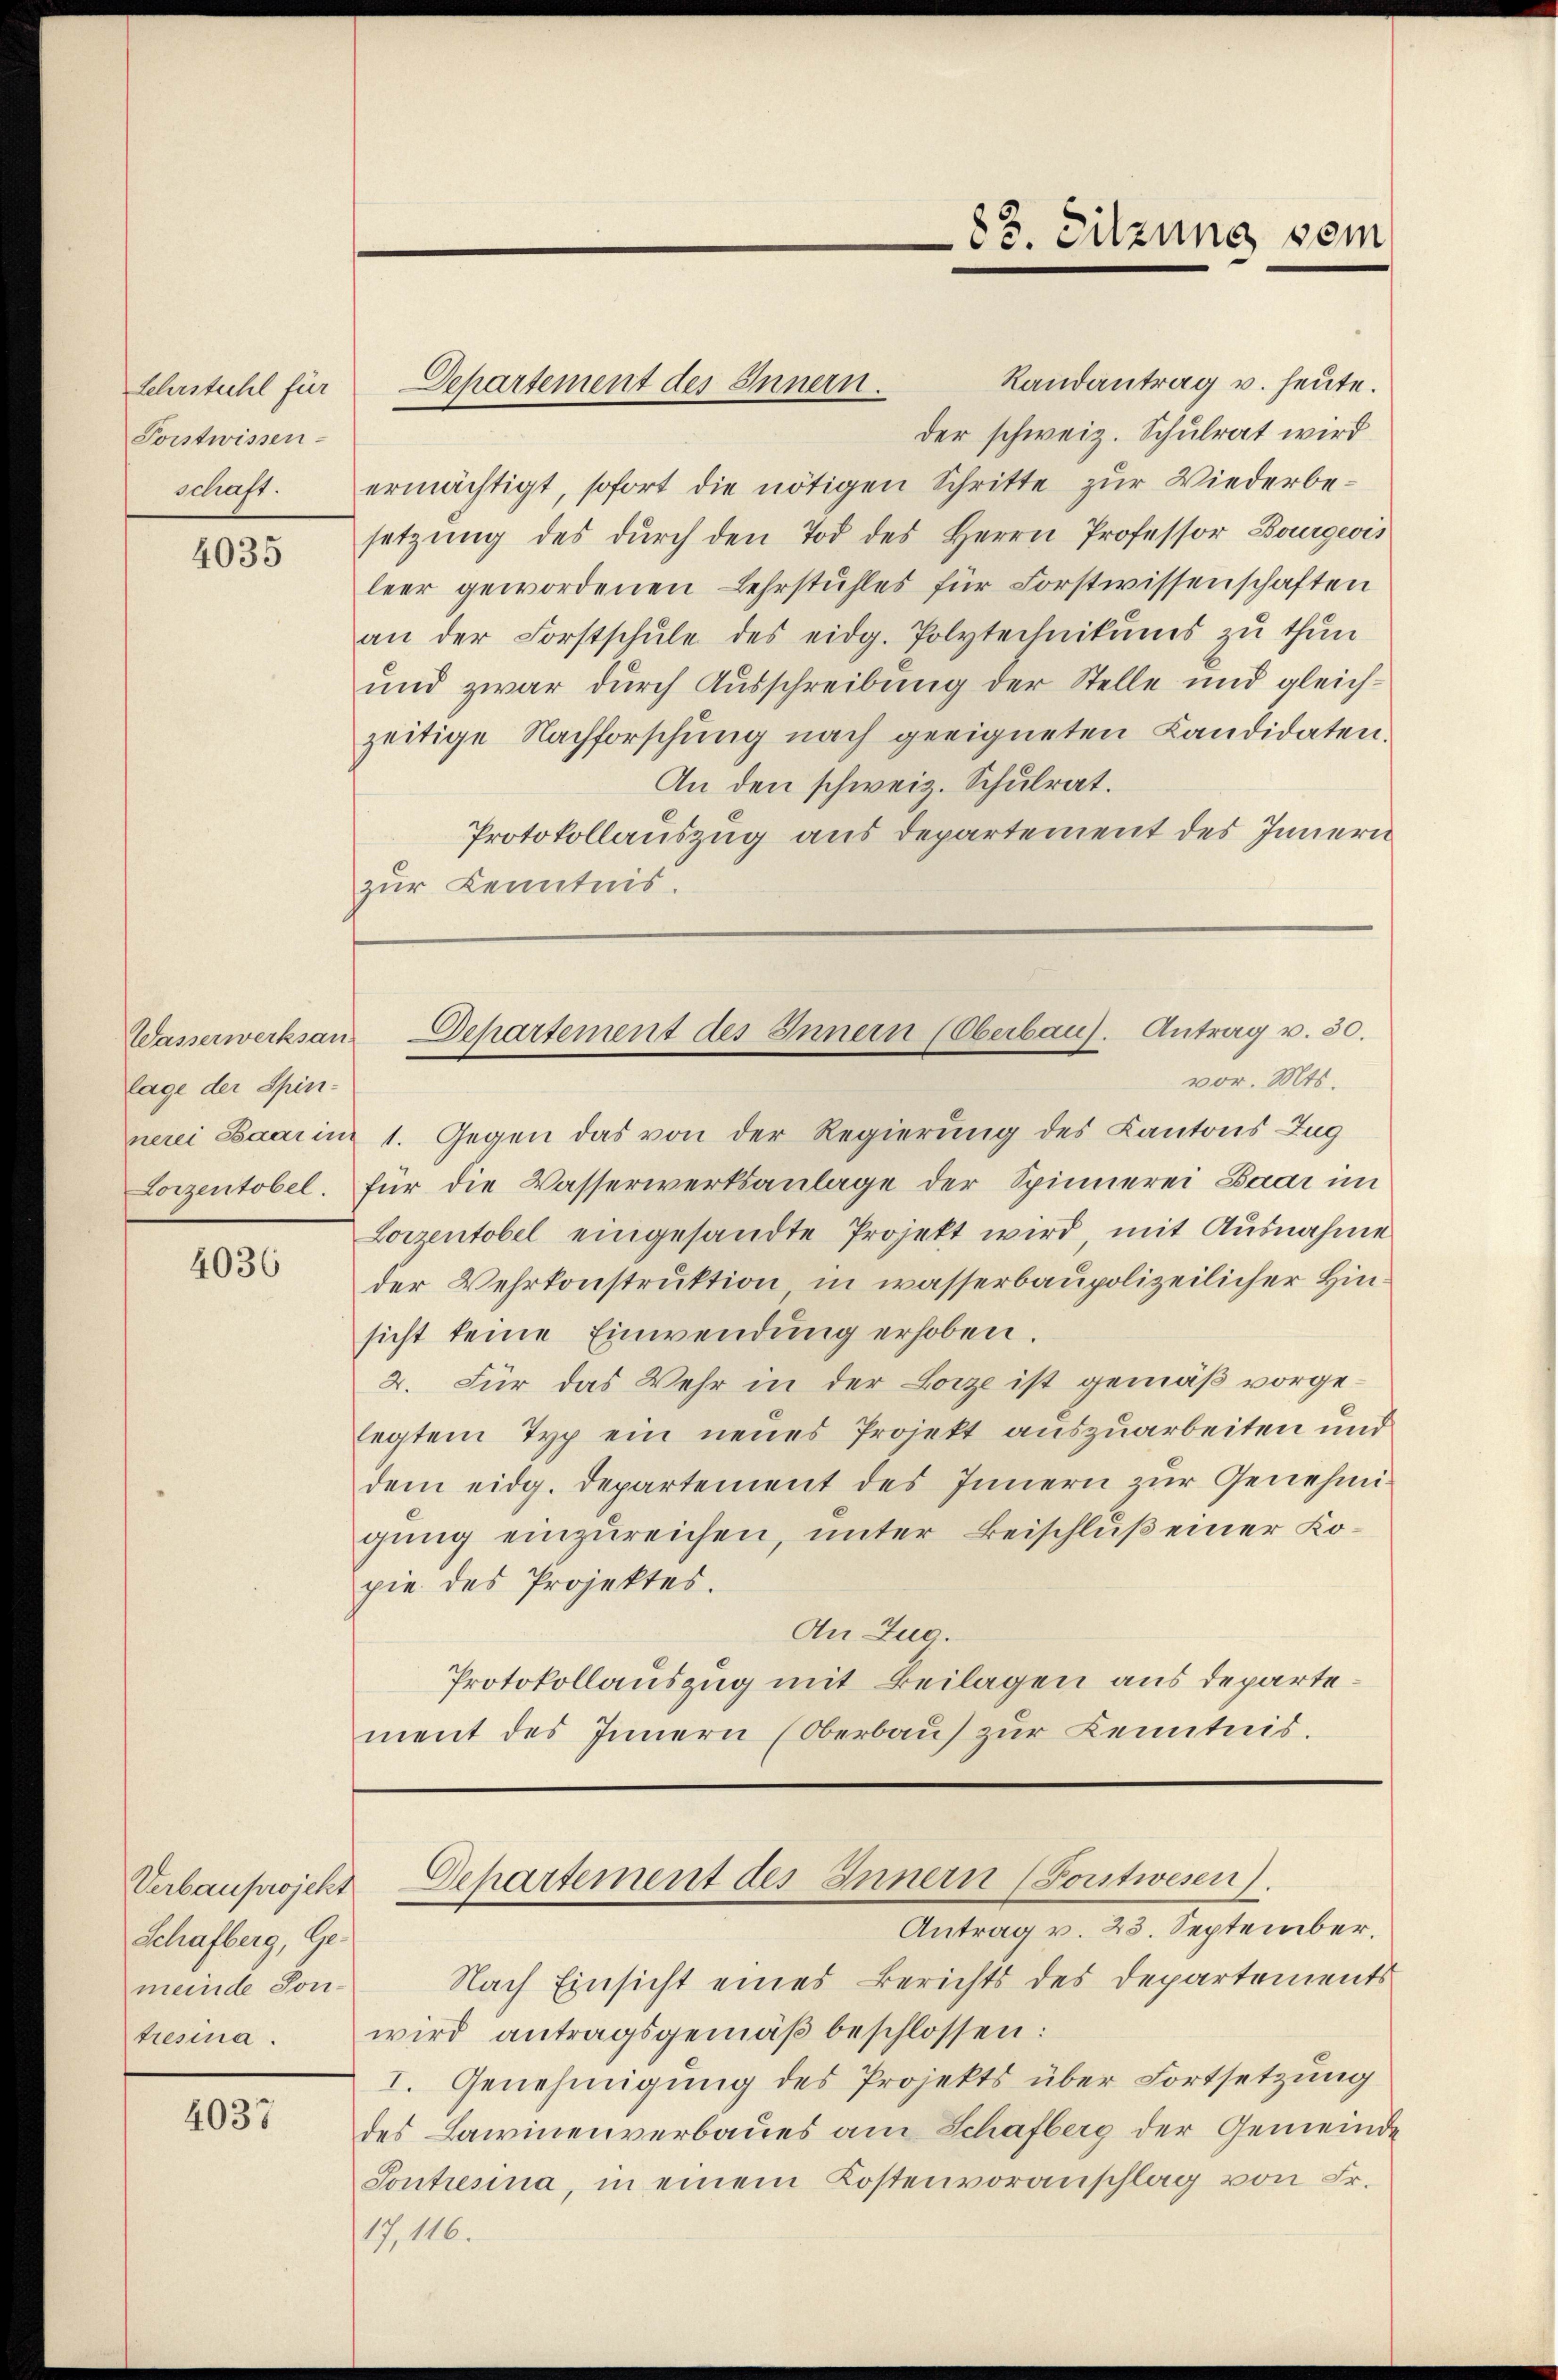
Lehrstuhl für
Porstwissen
schaft.

4035

Wasserwerksan
lage der Spin¬

4036

Verbauprojekt
Schafberg, Gemeinde Son¬

4037

Randantrag u. heute.
der schweiz. Schulrat wird
ermächtigt, sofort die nötigen Schritte zŭr Wiederbesetzung des durch den Tod des Herrn Professor Bourgwis
leer gewordenen Lehrstuhles für Forstwissenschaften
an der Forstschŭle des eidg. Polytechnikums zŭ thŭn
und zwar durch Ausschreibung der Stelle und gleichzeitige Nachforschung nach geeigneten Kandidaten¬
An den schweiz. Schulrat.
Protokollauszug aus Departement des Innern
zur Kenntnis.

nerei Baar in 1. Gegen das von der Regierung des Kantons Zug
Lorzentobel. für die Wasserwerksanlage der Spinnerei Baar im
Lorzentobel eingesandte Projekt wird, mit Ausnahme
der Wehrkonstruktion in wasserbaupolizeilicher Hinsicht keine Einwendung erhoben
2. Für das Wehr in der Lorze ist gemäß vorgelegtem Typ ein neues Projekt auszuarbeiten und
dem eidg. Departement des Innern zur Genehmigung einzureichen, unter Beischluß einer Kopie des Projektes.
An Zug.
Protokollauszug mit Beilagen aus departement des Innern (Oberbaŭ zŭr Kenntnis.

Departement des Innern.

83. Sitzung vom

Departement des Innern (Oberbaus. Antrag v. 30.
vor. Mts.

Departement des Innern (Ponstwesen).

Antrag v. 23. September.
Nach Einsicht eines Berichts des Departements
tresina. wird antragsgemäβ beschlossen:
I. Genehmigung des Projekts über Fortsetzung
des Lawinenverbaues am Schafberg der Gemeinde
Tontresina, in einem Kostenvoranschlag von Fr.
17, 116.